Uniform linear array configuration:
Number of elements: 64
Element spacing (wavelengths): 0.25
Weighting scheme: kaiser
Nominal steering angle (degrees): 0
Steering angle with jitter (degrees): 1.431
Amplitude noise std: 0.05
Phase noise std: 0.05

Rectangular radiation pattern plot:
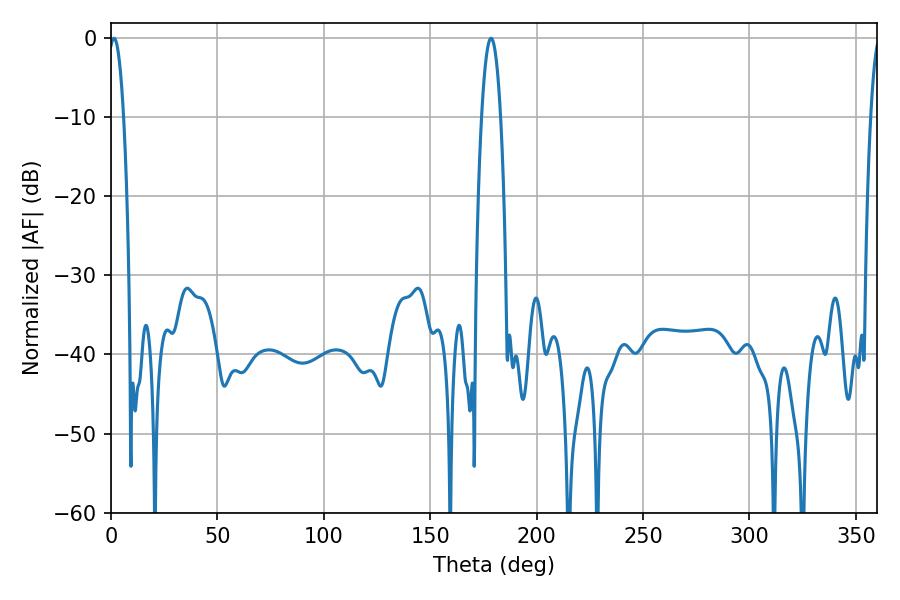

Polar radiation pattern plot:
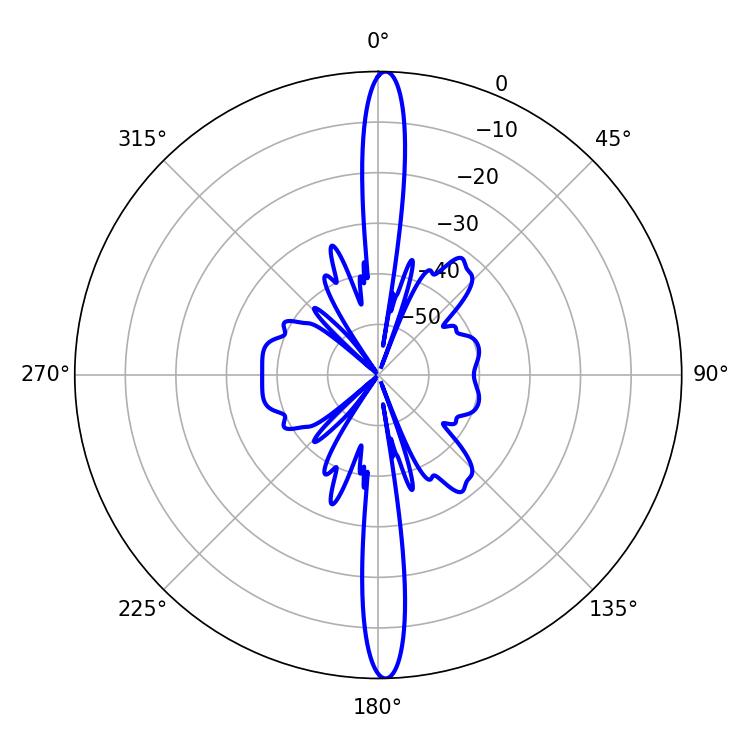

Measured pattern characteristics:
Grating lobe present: FALSE
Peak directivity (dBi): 26.298
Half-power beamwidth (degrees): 5.04
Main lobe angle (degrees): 178.56